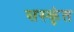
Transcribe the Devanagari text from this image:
सस्कृंत